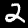
Label: 2